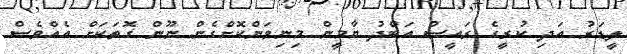
ލީޑަރު އަދި ކުރީގެ ރައީސް އަބްދު ޔާމީން މިނިވަންކޮށްގެން ނޫން ގޮތަކަށް އެއްވެސް